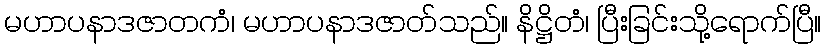
မဟာပနာဒဇာတကံ၊ မဟာပနာဒဇာတ်သည်။ နိဋ္ဌိတံ၊ ပြီးခြင်းသို့ရောက်ပြီ။